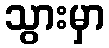
သွားမှာ